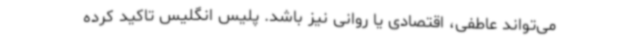
می‌تواند عاطفی، اقتصادی یا روانی نیز باشد. پلیس انگلیس تاکید کرده